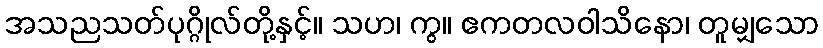
အသညသတ်ပုဂ္ဂိုလ်တို့နှင့်။ သဟ၊ ကွ။ ဧကတလဝါသိနော၊ တူမျှသော